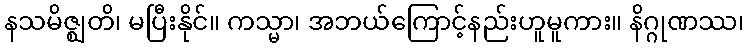
နသမိဇ္ဈတိ၊ မပြီးနိုင်။ ကသ္မာ၊ အဘယ်ကြောင့်နည်းဟူမူကား။ နိဂ္ဂုဏဿ၊